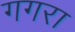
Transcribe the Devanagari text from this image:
गगरा